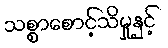
သစ္စာစောင့်သိမှုနှင့်